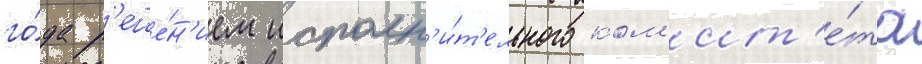
го́да р'еше́н'ием исполн'и́т'ельного ком'ит'е́та